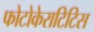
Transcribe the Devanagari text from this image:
फोटोकेराटिटिस